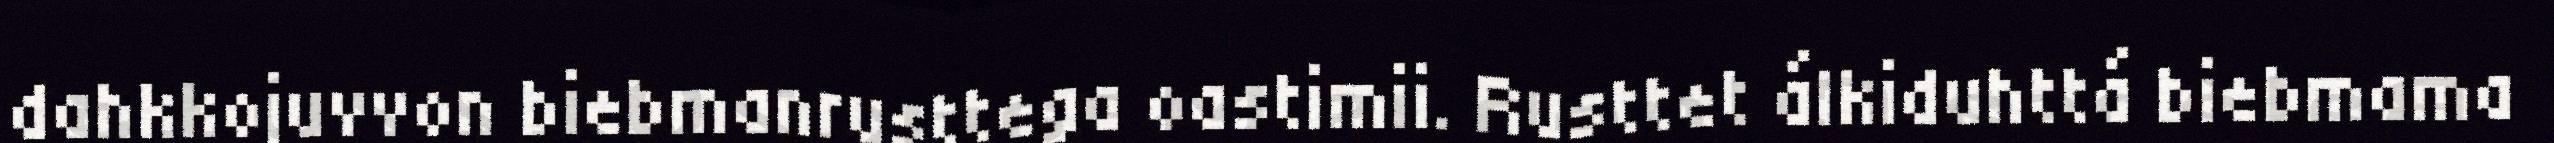
dahkkojuvvon biebmanrusttega oastimii. Rusttet álkiduhttá biebmama